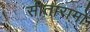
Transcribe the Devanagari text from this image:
सीतारामो